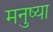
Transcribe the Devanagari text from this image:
मनुष्या